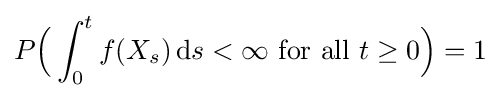
P{\Big (}\int _{0}^{t}f(X_{s})\,\mathrm {d} s<\infty {\text{ for all }}t\geq 0{\Big )}=1